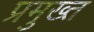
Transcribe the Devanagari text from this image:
प्रमुख्त